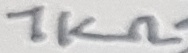
Text: 1KΩ